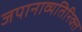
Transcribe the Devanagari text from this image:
जपानाव्यतिरिक्त